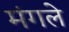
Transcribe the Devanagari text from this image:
मंगले